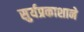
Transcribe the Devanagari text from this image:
सुर्यप्रकाशाने